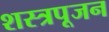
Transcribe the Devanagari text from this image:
शस्त्रपूजन